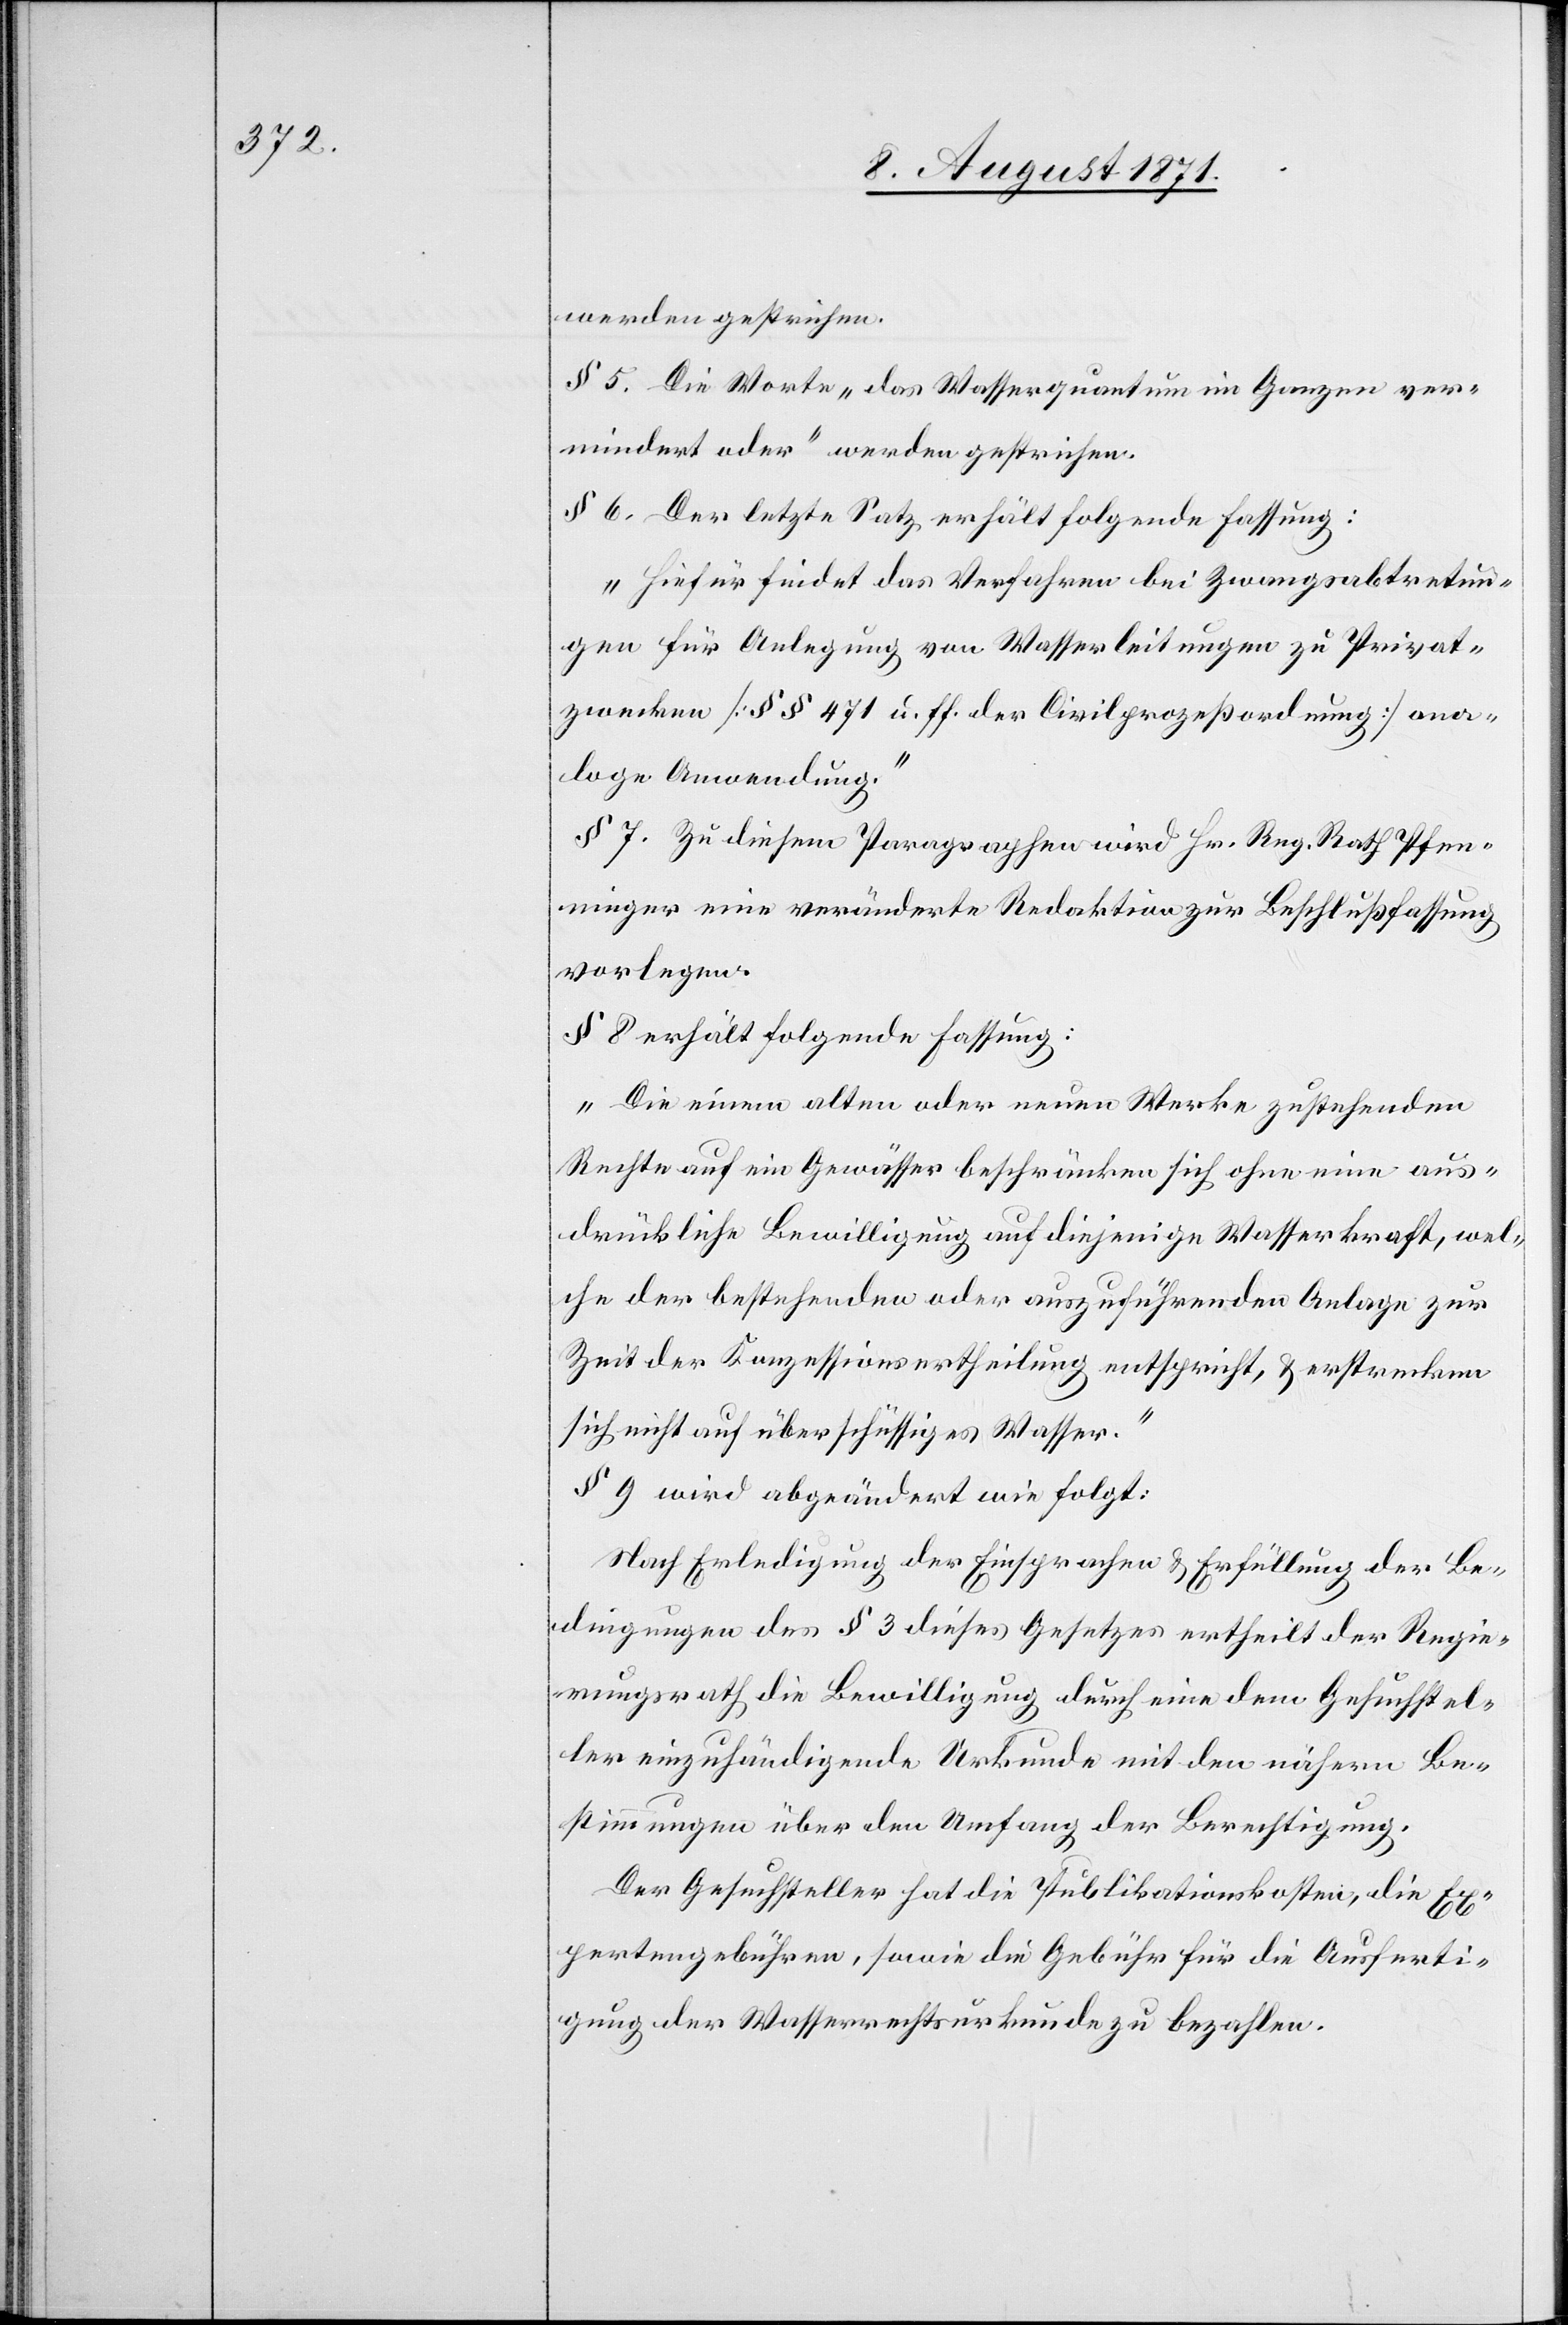
werden gestrichen.
§ 5. Die Worte „das Wasserquantum im Ganzen ver¬
mindert oder“ werden gestrichen.
§ 6. Der letzte Satz erhält folgende Fassung:
„Hiefür findet das Verfahren bei Zwangsabtretun¬
gen für Anlegung von Wasserleitungen zu Privat¬
zwecken [§§ 471 u. ff. der Civilprozeßordnung] ana¬
loge Anwendung.
§ 7. Zu diesem Paragraphen wird Hr. Reg. Rath Pfen¬
ninger eine veränderte Redaktion zur Beschlußfassung
vorlegen.
§ 8 erhält folgende Fassung:
„Die einem alten oder neuen Werke zustehenden
Rechte auf ein Gewässer beschränken sich ohne eine aus¬
drückliche Bewilligung auf diejenige Wasserkraft, wel¬
che der bestehenden oder auszuführenden Anlage zur
Zeit der Konzessionsertheilung entspricht, u. erstrecken
sich nicht auf überschüssiges Wasser.“
§ 9 wird abgeändert wie folgt:
Nach Erledigung der Einsprachen u. Erfüllung der Be¬
dingungen des § 3 dieses Gesetzes ertheilt der Regie¬
rungsrath die Bewilligung durch eine dem Gesuchstel¬
ler einzuhändigende Urkunde mit den nähern Be¬
stimmungen über den Umfang der Berechtigung.
Der Gesuchsteller hat die Publikationskosten, die Ex¬
pertengebühren, sowie die Gebühr für die Ausferti¬
gung der Wasserrechtsurkunde zu bezahlen.